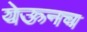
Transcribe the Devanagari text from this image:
येऊनच